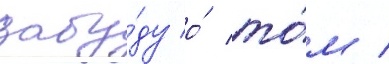
забу́ду о́ то́м /